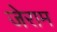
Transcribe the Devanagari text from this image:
जेराम